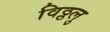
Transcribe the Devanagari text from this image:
विठ्ठलु